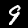
Label: 9